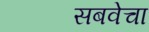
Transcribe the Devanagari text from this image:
सबवेचा